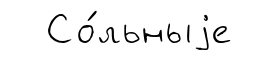
Со́льныjе